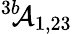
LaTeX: ^{3b\! \! }{\cal A}_{1,23}